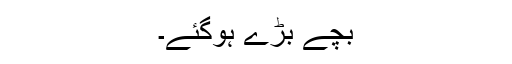
بچے بڑے ہوگئے۔